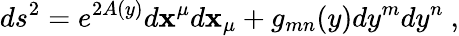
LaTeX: ds^{2}=e^{2A(y)}d\mathbf{x}^{\mu}d\mathbf{x}_{\mu}+g_{mn}(y)dy^{m}dy^{n}\ ,